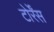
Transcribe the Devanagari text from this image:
टोर्रेंस